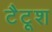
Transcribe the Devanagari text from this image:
टैटूश